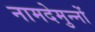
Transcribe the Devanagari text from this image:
नामदेमुन्नों